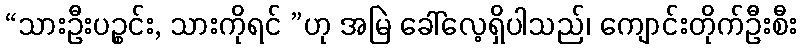
“သားဦးပဉ္စင်း, သားကိုရင် ”ဟု အမြဲ ခေါ်လေ့ရှိပါသည်၊ ကျောင်းတိုက်ဦးစီး